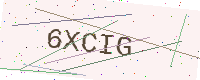
Text: 6XCIG